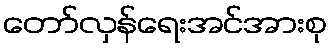
တော်လှန်ရေးအင်အားစု